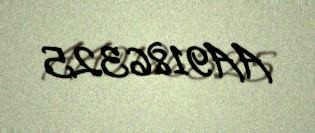
AA9186325